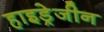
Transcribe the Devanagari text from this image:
हाइड्रेजीन